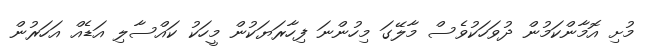
މުށި އޮމާންކަމުން ދުވަހަކުވެސް މާލޭގަ މިހުންނަ ފިހާރަޔަކުން މީހަކު ކައްސާލި އަޑެއް އަހަރުން